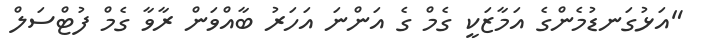
"އަޅުގަނޑުމެންގެ އަމާޒަކީ ގެމް ގެ އަންނަ އަހަރު ބާއްވަން ރާވާ ގެމް ފުޓްސަލް